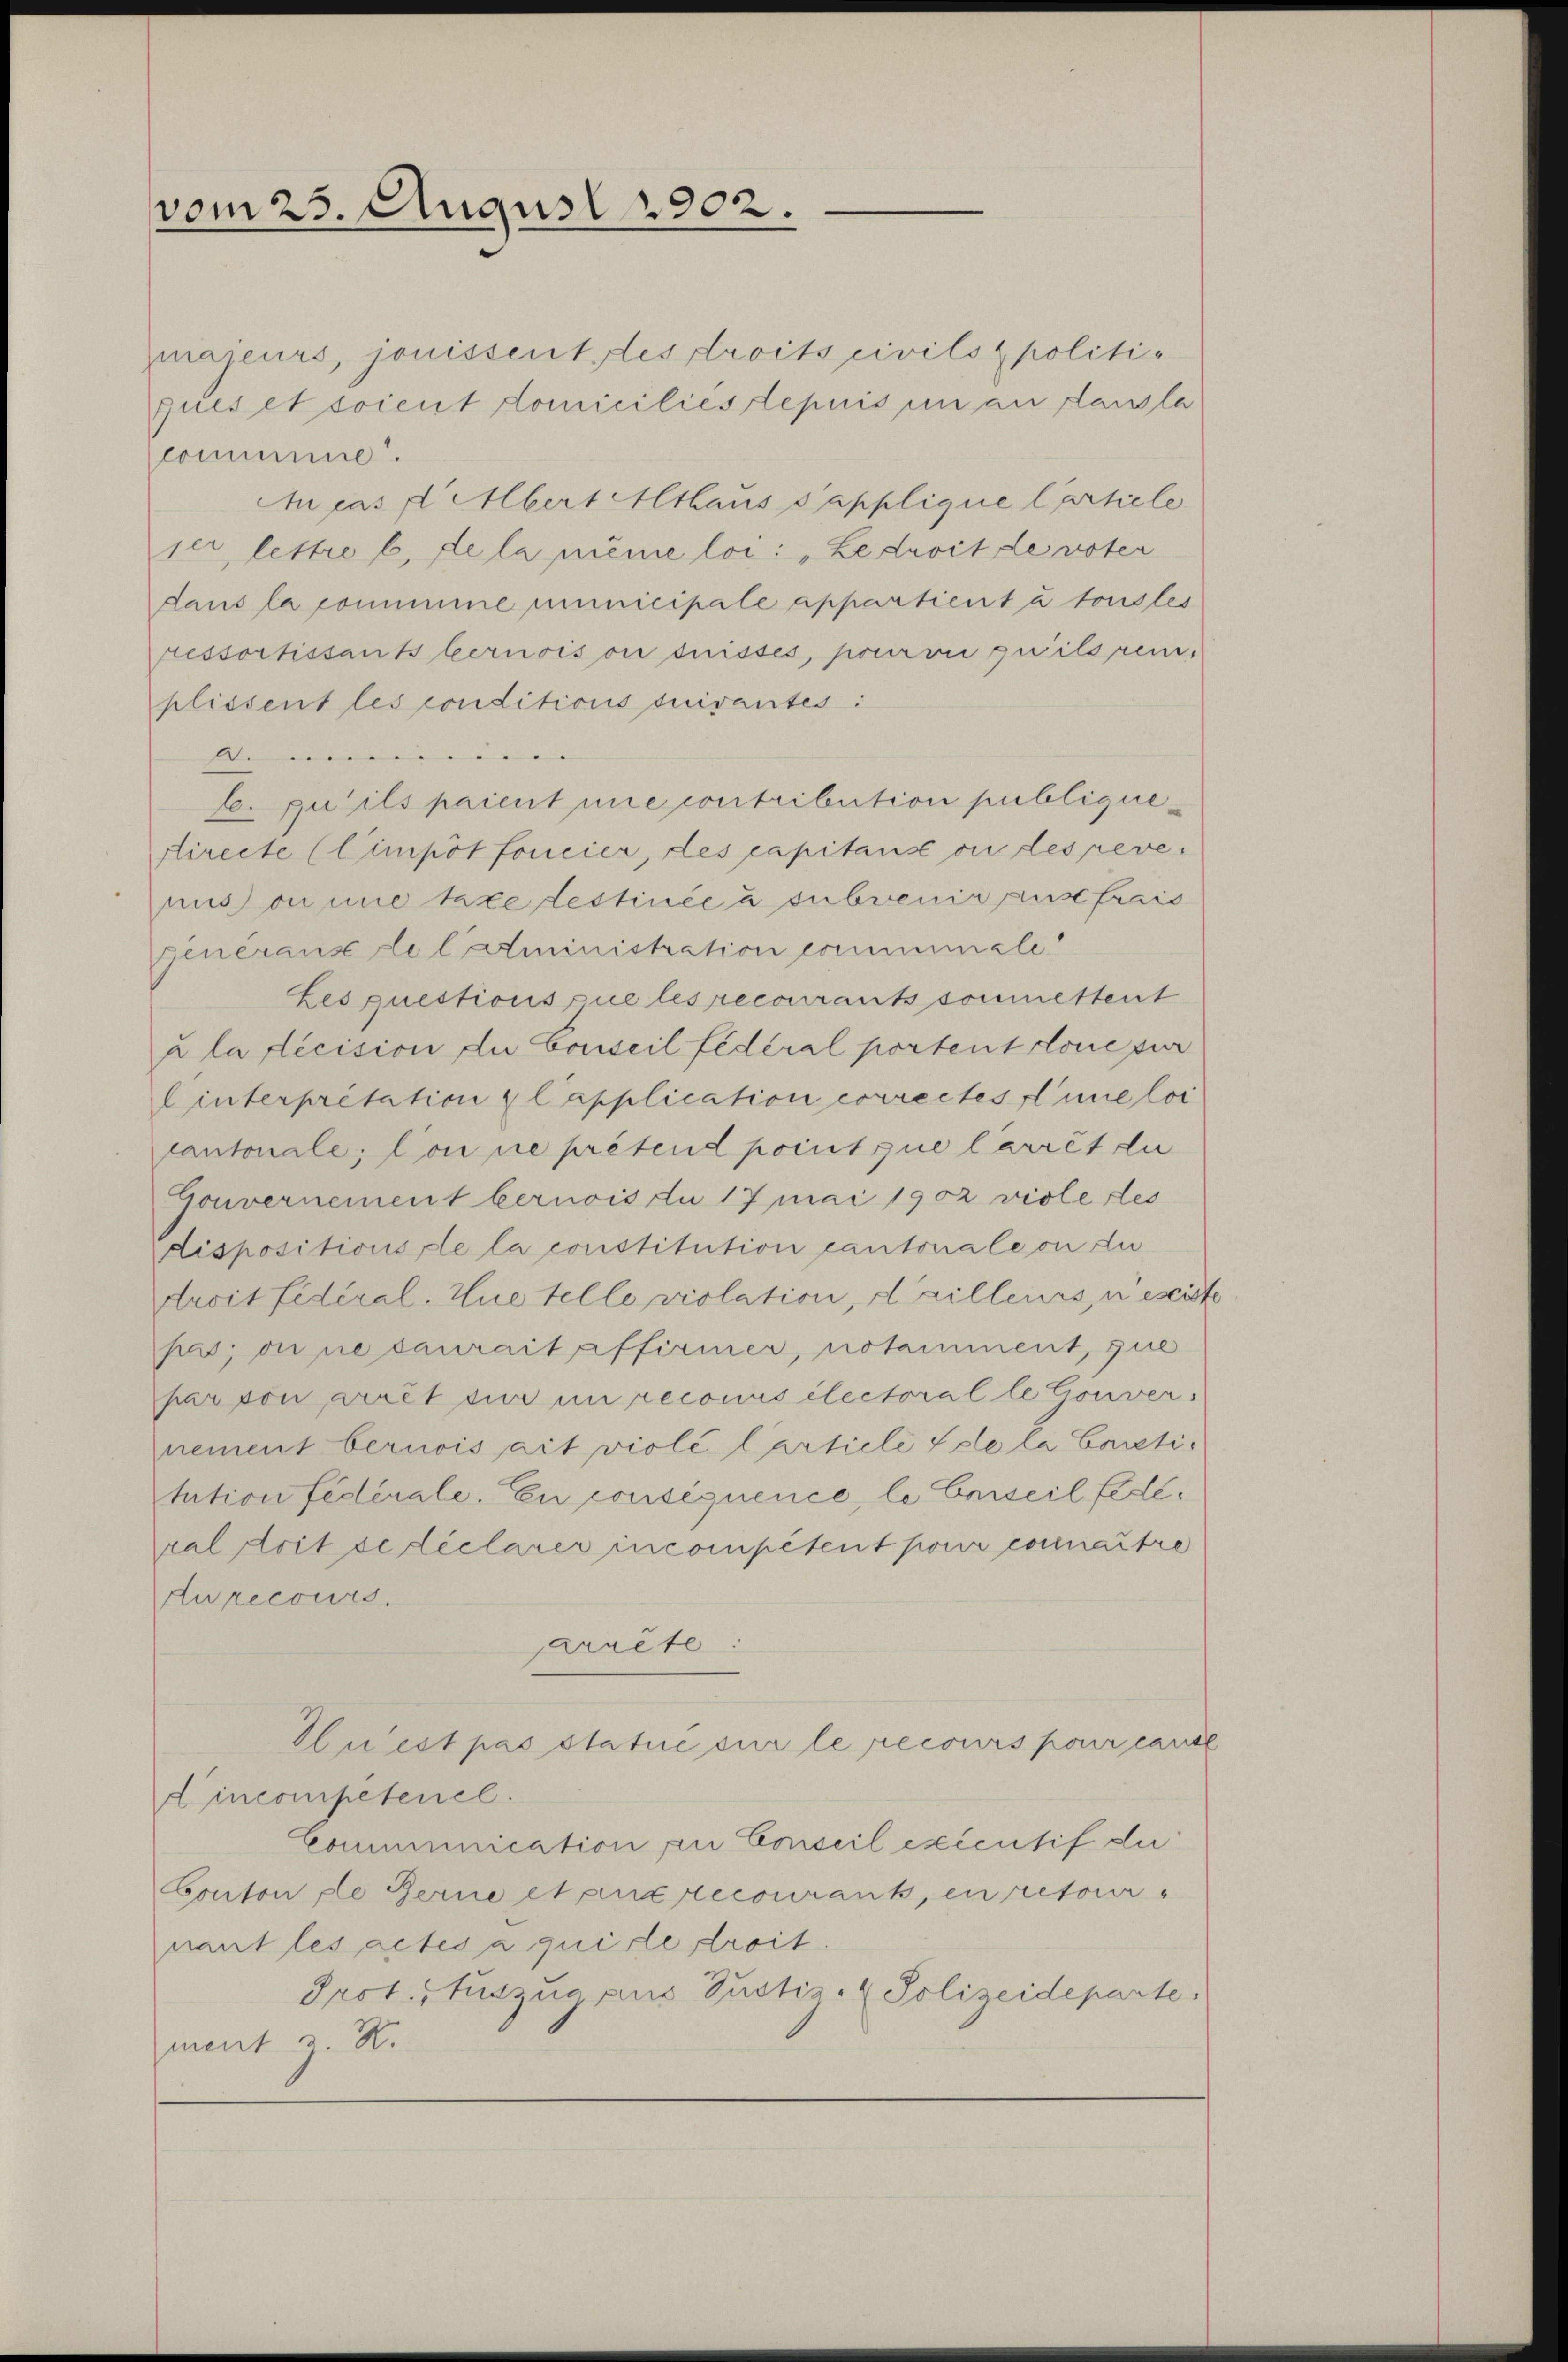
vom 25. August 1902.

majeurs, jouissent des droits civils politiques et soient domiciliés tepuis in an Lausla
commine.
An pas d. Abert Althaus sapplique l’artiele
ser, lettre b. de la même loi: „Le droit de voter
dans la commine municipale appartient à tous les
ressortissants bernois ou duisses, pourvu quilsrei-
plissent les conditions suivantes:
sten
E. qu’ils paient une contribution publiquedirecte (Cimpôt foncier, des capitans ou des reve
mus omnie le testinée à subvenir aus frais
generaus de l’administration ermmmale
Les questions que les recourant soumettent
u la fecision du Conseil fédéral portentrone für
linterpretation l’application correctes seine loi
cantonale, Con ne prétend point que larret di
Gouvernement bernois du 17 Mai 1902 viole des
dispositionsste la constitution cantonale ou du
droit fidéral. Hustelle violation, d’ailleurs, u esist
ps; on ne saurait affirmer, notammment, que
par von arrêt du im reconus électoralle Gouver
nement bernois ait violé l’artiele se la Contitution fédérale. En conséquence, le Conseil fédéral doit se réclarer incompétent pour connaitre
Aurecours.
arrête:
Huest pas statué sur le recours pour cari
dincompetenel.
Communication zu Conseil exécutif du
Conton de Ferne etanz recourank, en retour-
nant les actes a quirte droit.
Prot. Stuszug aus Pustiz- (Polizeideparte.
ment u. H.

6

3